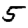
Digit: 5